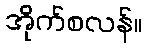
အိုက်စလန်။